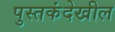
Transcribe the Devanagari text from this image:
पुस्तकंदेखील